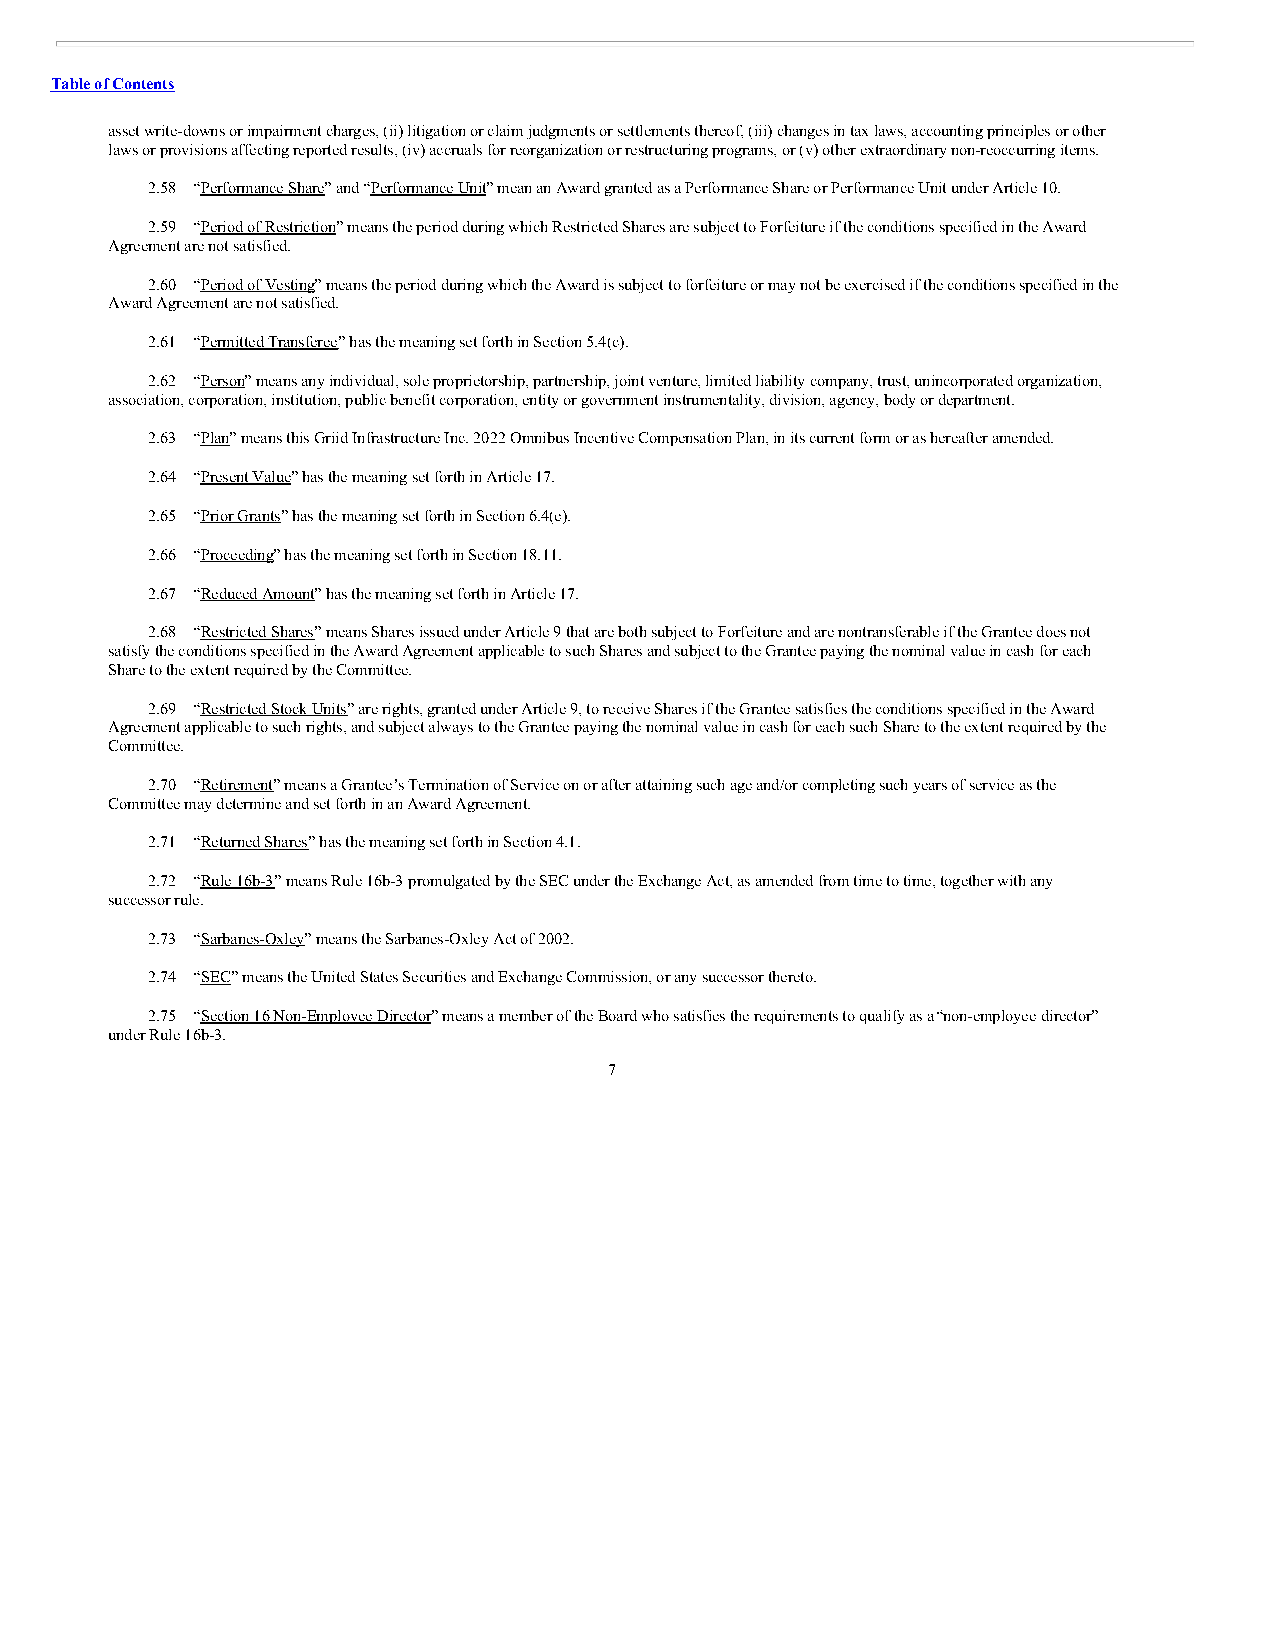
Table of Contents
 asset write-downs or impairment charges, (ii) litigation or claim judgments or settlements thereof, (iii) changes in tax laws, accounting principles or other
 laws or provisions affecting reported results, (iv) accruals for reorganization or restructuring programs, or (v) other extraordinary non-reoccurring items.
 2.58 “Performance Share” and “Performance Unit” mean an Award granted as a Performance Share or Performance Unit under Article 10.
 2.59 “Period of Restriction” means the period during which Restricted Shares are subject to Forfeiture if the conditions specified in the Award
 Agreement are not satisfied.
 2.60 “Period of Vesting” means the period during which the Award is subject to forfeiture or may not be exercised if the conditions specified in the
 Award Agreement are not satisfied.
 2.61 “Permitted Transferee” has the meaning set forth in Section 5.4(c).
 2.62 “Person” means any individual, sole proprietorship, partnership, joint venture, limited liability company, trust, unincorporated organization,
 association, corporation, institution, public benefit corporation, entity or government instrumentality, division, agency, body or department.
 2.63 “Plan” means this Griid Infrastructure Inc. 2022 Omnibus Incentive Compensation Plan, in its current form or as hereafter amended.
 2.64 “Present Value” has the meaning set forth in Article 17.
 2.65 “Prior Grants” has the meaning set forth in Section 6.4(e).
 2.66 “Proceeding” has the meaning set forth in Section 18.11.
 2.67 “Reduced Amount” has the meaning set forth in Article 17.
 2.68 “Restricted Shares” means Shares issued under Article 9 that are both subject to Forfeiture and are nontransferable if the Grantee does not
 satisfy the conditions specified in the Award Agreement applicable to such Shares and subject to the Grantee paying the nominal value in cash for each
 Share to the extent required by the Committee.
 2.69 “Restricted Stock Units” are rights, granted under Article 9, to receive Shares if the Grantee satisfies the conditions specified in the Award
 Agreement applicable to such rights, and subject always to the Grantee paying the nominal value in cash for each such Share to the extent required by the
 Committee.
 2.70 “Retirement” means a Grantee’s Termination of Service on or after attaining such age and/or completing such years of service as the
 Committee may determine and set forth in an Award Agreement.
 2.71 “Returned Shares” has the meaning set forth in Section 4.1.
 2.72 “Rule 16b-3” means Rule 16b-3 promulgated by the SEC under the Exchange Act, as amended from time to time, together with any
 successor rule.
 2.73 “Sarbanes-Oxley” means the Sarbanes-Oxley Act of 2002.
 2.74 “SEC” means the United States Securities and Exchange Commission, or any successor thereto.
 2.75 “Section 16 Non-Employee Director” means a member of the Board who satisfies the requirements to qualify as a “non-employee director”
 under Rule 16b-3.
 7